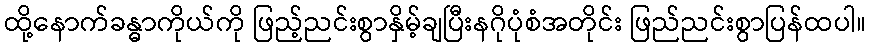
ထို့နောက်ခန္ဓာကိုယ်ကို ဖြည့်ညင်းစွာနှိမ့်ချပြီးနဂိုပုံစံအတိုင်း ဖြည်ညင်းစွာပြန်ထပါ။